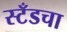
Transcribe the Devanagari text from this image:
स्टँडचा